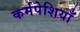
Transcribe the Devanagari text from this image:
कर्मपेशियाँ